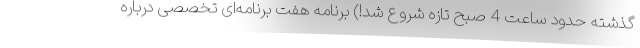
گذشته حدود ساعت 4 صبح تازه شروع شد!) برنامه هفت برنامه‌ای تخصصی درباره